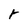
Character: r